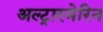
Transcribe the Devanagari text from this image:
अल्ट्रारमेरिन